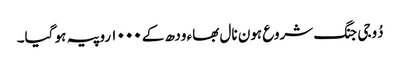
دُوجی جنگ شروع ہون نال بھاء ودھ کے ١٠٠٠ روپیہ ہو گیا۔